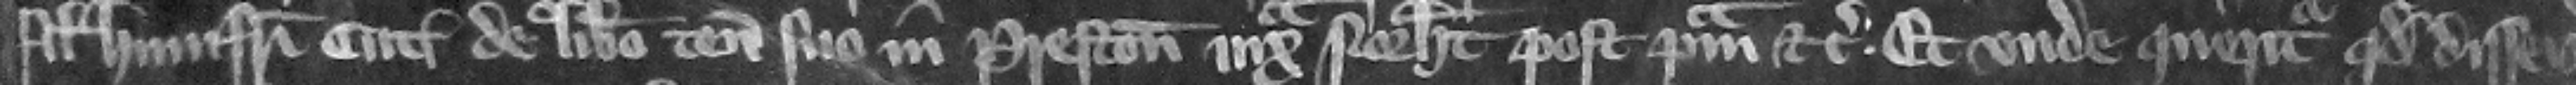
filium Humfridi Cut de libero tenemento suo in Preston iuta Norhamton post primam etc. Et vnde queritur quod disseisiuit